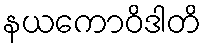
နယကောဝိဒါတိ